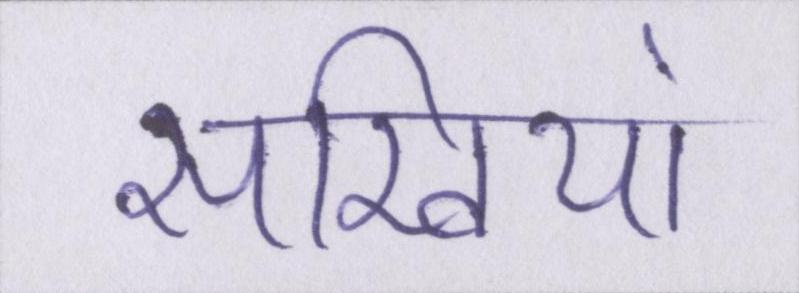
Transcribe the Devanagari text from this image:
सखियां